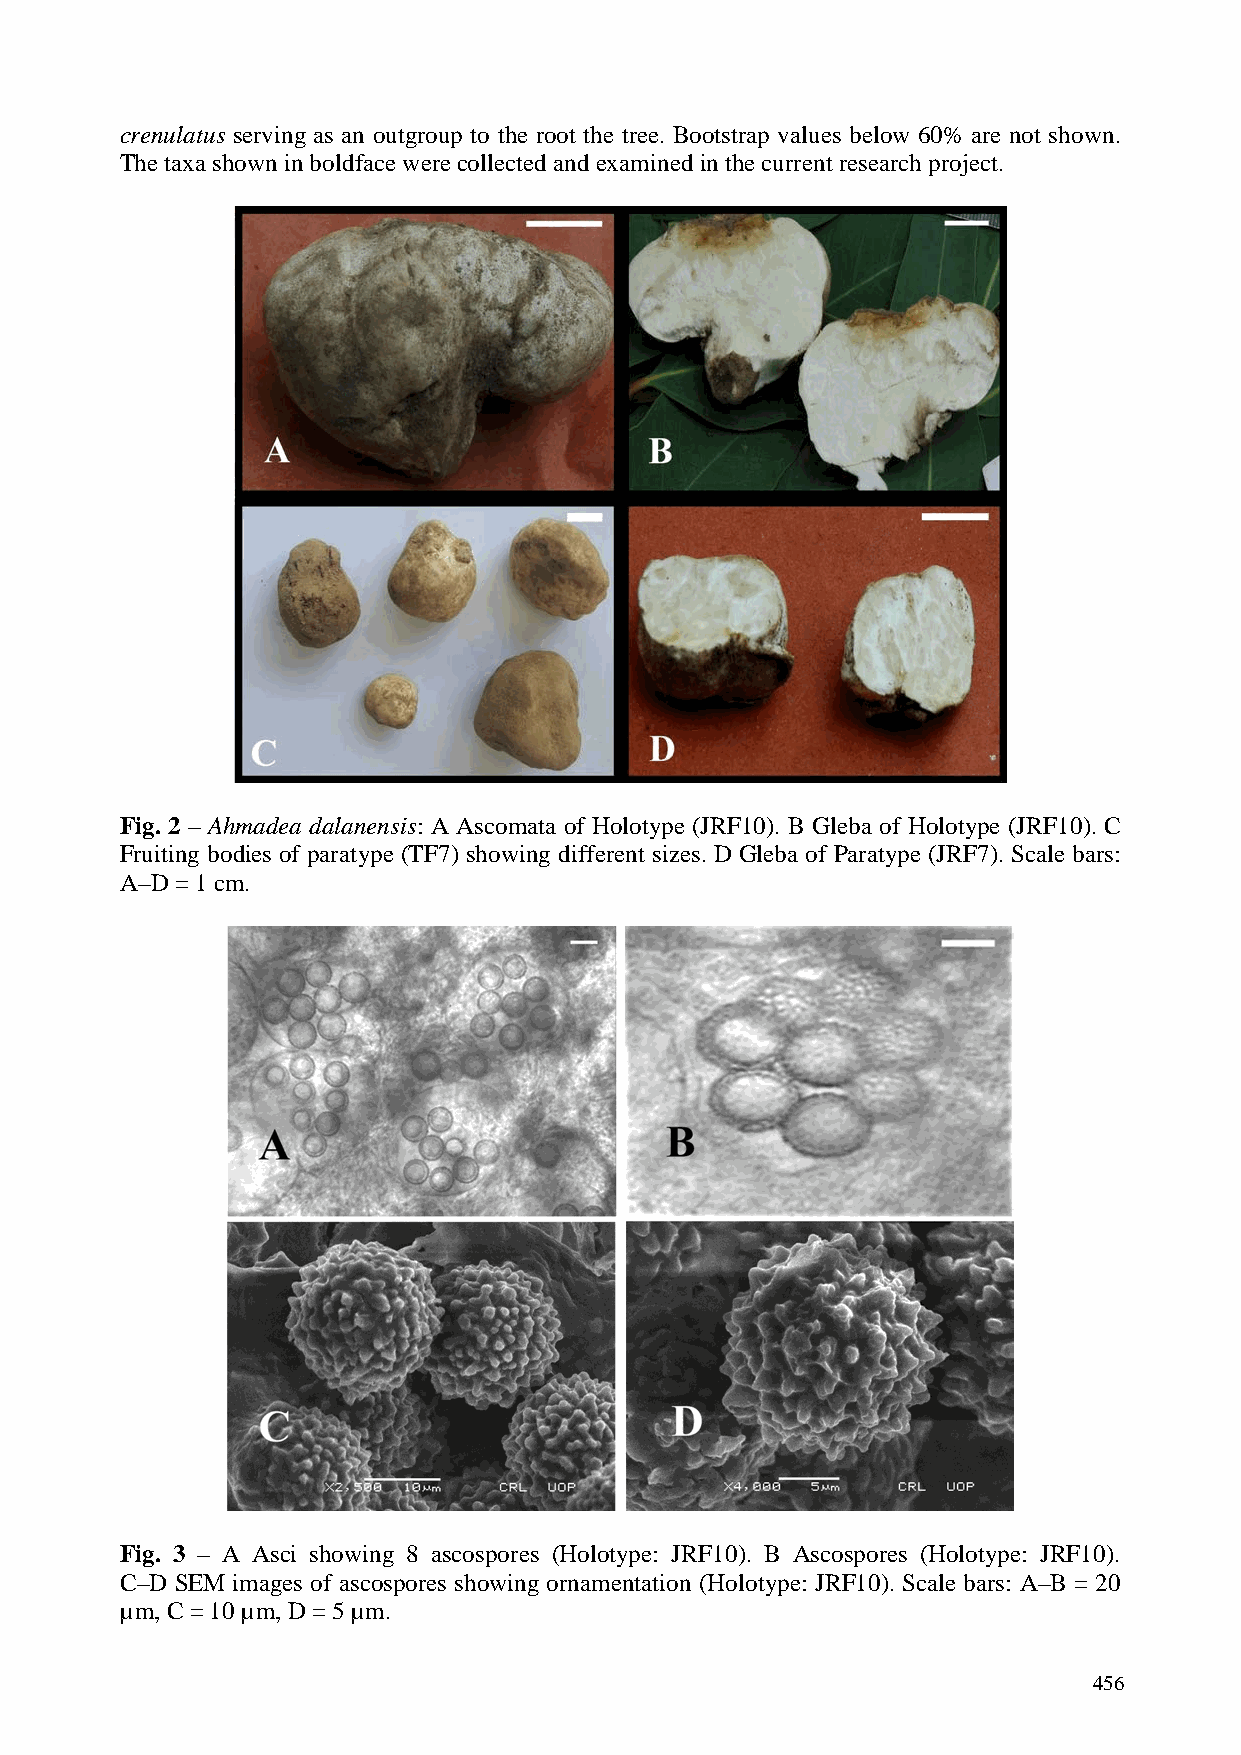
crenulatus serving as an outgroup to the root the tree. Bootstrap values below 60% are not shown.
 The taxa shown in boldface were collected and examined in the current research project.
 Fig. 2 – Ahmadea dalanensis: A Ascomata of Holotype (JRF10). B Gleba of Holotype (JRF10). C
 Fruiting bodies of paratype (TF7) showing different sizes. D Gleba of Paratype (JRF7). Scale bars:
 A–D = 1 cm.
 Fig. 3 – A Asci showing 8 ascospores (Holotype: JRF10). B Ascospores (Holotype: JRF10).
 e
 C–D SEM images of ascospores showing ornamentation (Holotype: JRF10). Scale bars: A–B = 20
 µm, C = 10 µm, D = 5 µm.
 456